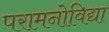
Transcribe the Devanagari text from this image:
परामनोविद्या